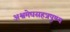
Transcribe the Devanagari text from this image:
अश्वमेघसहत्रपुण्य